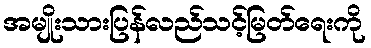
အမျိုးသားပြန်လည်သင့်မြတ်ရေးကို